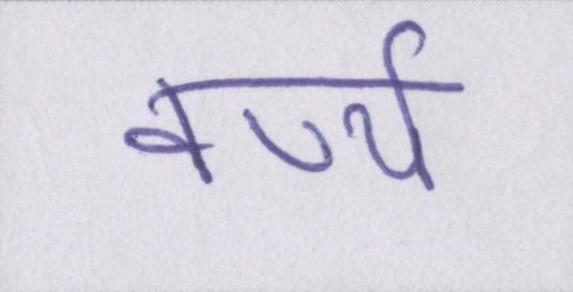
वर्ण्य